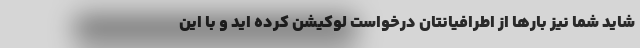
شاید شما نیز بارها از اطرافیانتان درخواست لوکیشن کرده اید و با این